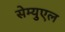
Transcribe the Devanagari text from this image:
सेम्युएल